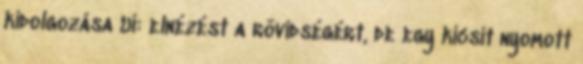
kidolgozása Ui: elnézést a rövidségért, de egy kicsit nyomott